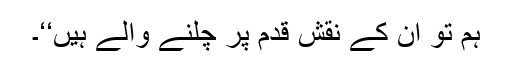
ہم تو ان کے نقشِ قدم پر چلنے والے ہیں‘‘۔